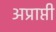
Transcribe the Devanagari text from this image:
अप्राप्ती